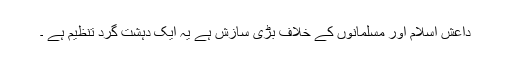
داعش اسلام اور مسلمانوں کے خلاف بڑی سازش ہے یہ ایک دہشت گرد تنظیم ہے ۔